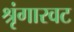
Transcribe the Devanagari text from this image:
श्रृंगारवट